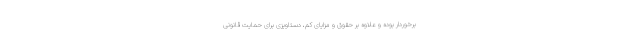
برخوردار بوده و علاوه بر حقوق و مزایای کم، دستاویزی برای حمایت قانونی